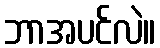
ဘာအပင်လဲ။